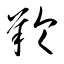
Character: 羚